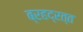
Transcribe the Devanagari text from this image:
ब्रहद्रत्त